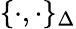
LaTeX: {\{ \cdot,\cdot\} _{\Delta}}